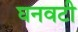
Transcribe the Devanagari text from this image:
घनवटी